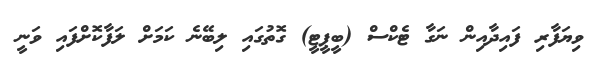
ވިޔަފާރި ފައިދާއިން ނަގާ ޓެކްސް (ބީޕީޓީ) ގޮތުގައި ލިބޭނެ ކަމަށް ލަފާކޮށްފައި ވަނީ